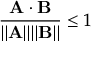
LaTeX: { \frac { \mathbf { A \cdot B } } { \| \mathbf { A } \| \| \mathbf { B } \| } } \leq 1